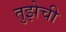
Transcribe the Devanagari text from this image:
तुझेची